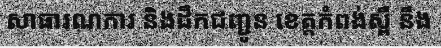
សាធារណការ និងដឹកជញ្ជូន ខេត្តកំពង់ស្ពឺ នឹង